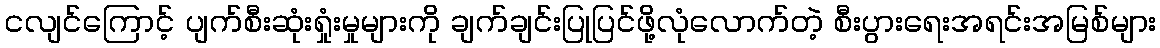
ငလျင်ကြောင့် ပျက်စီးဆုံးရှုံးမှုများကို ချက်ချင်းပြုပြင်ဖို့လုံလောက်တဲ့ စီးပွားရေးအရင်းအမြစ်များ